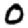
Digit: 0